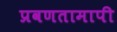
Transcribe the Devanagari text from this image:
प्रवणतामापी